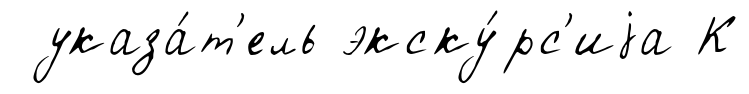
указа́т'ель экску́рс'иjа К